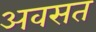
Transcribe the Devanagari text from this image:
अवसत